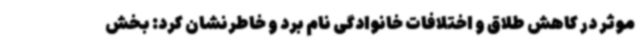
موثر در کاهش طلاق و اختلافات خانوادگی نام برد و خاطرنشان کرد: بخش